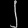
Digit: ၂